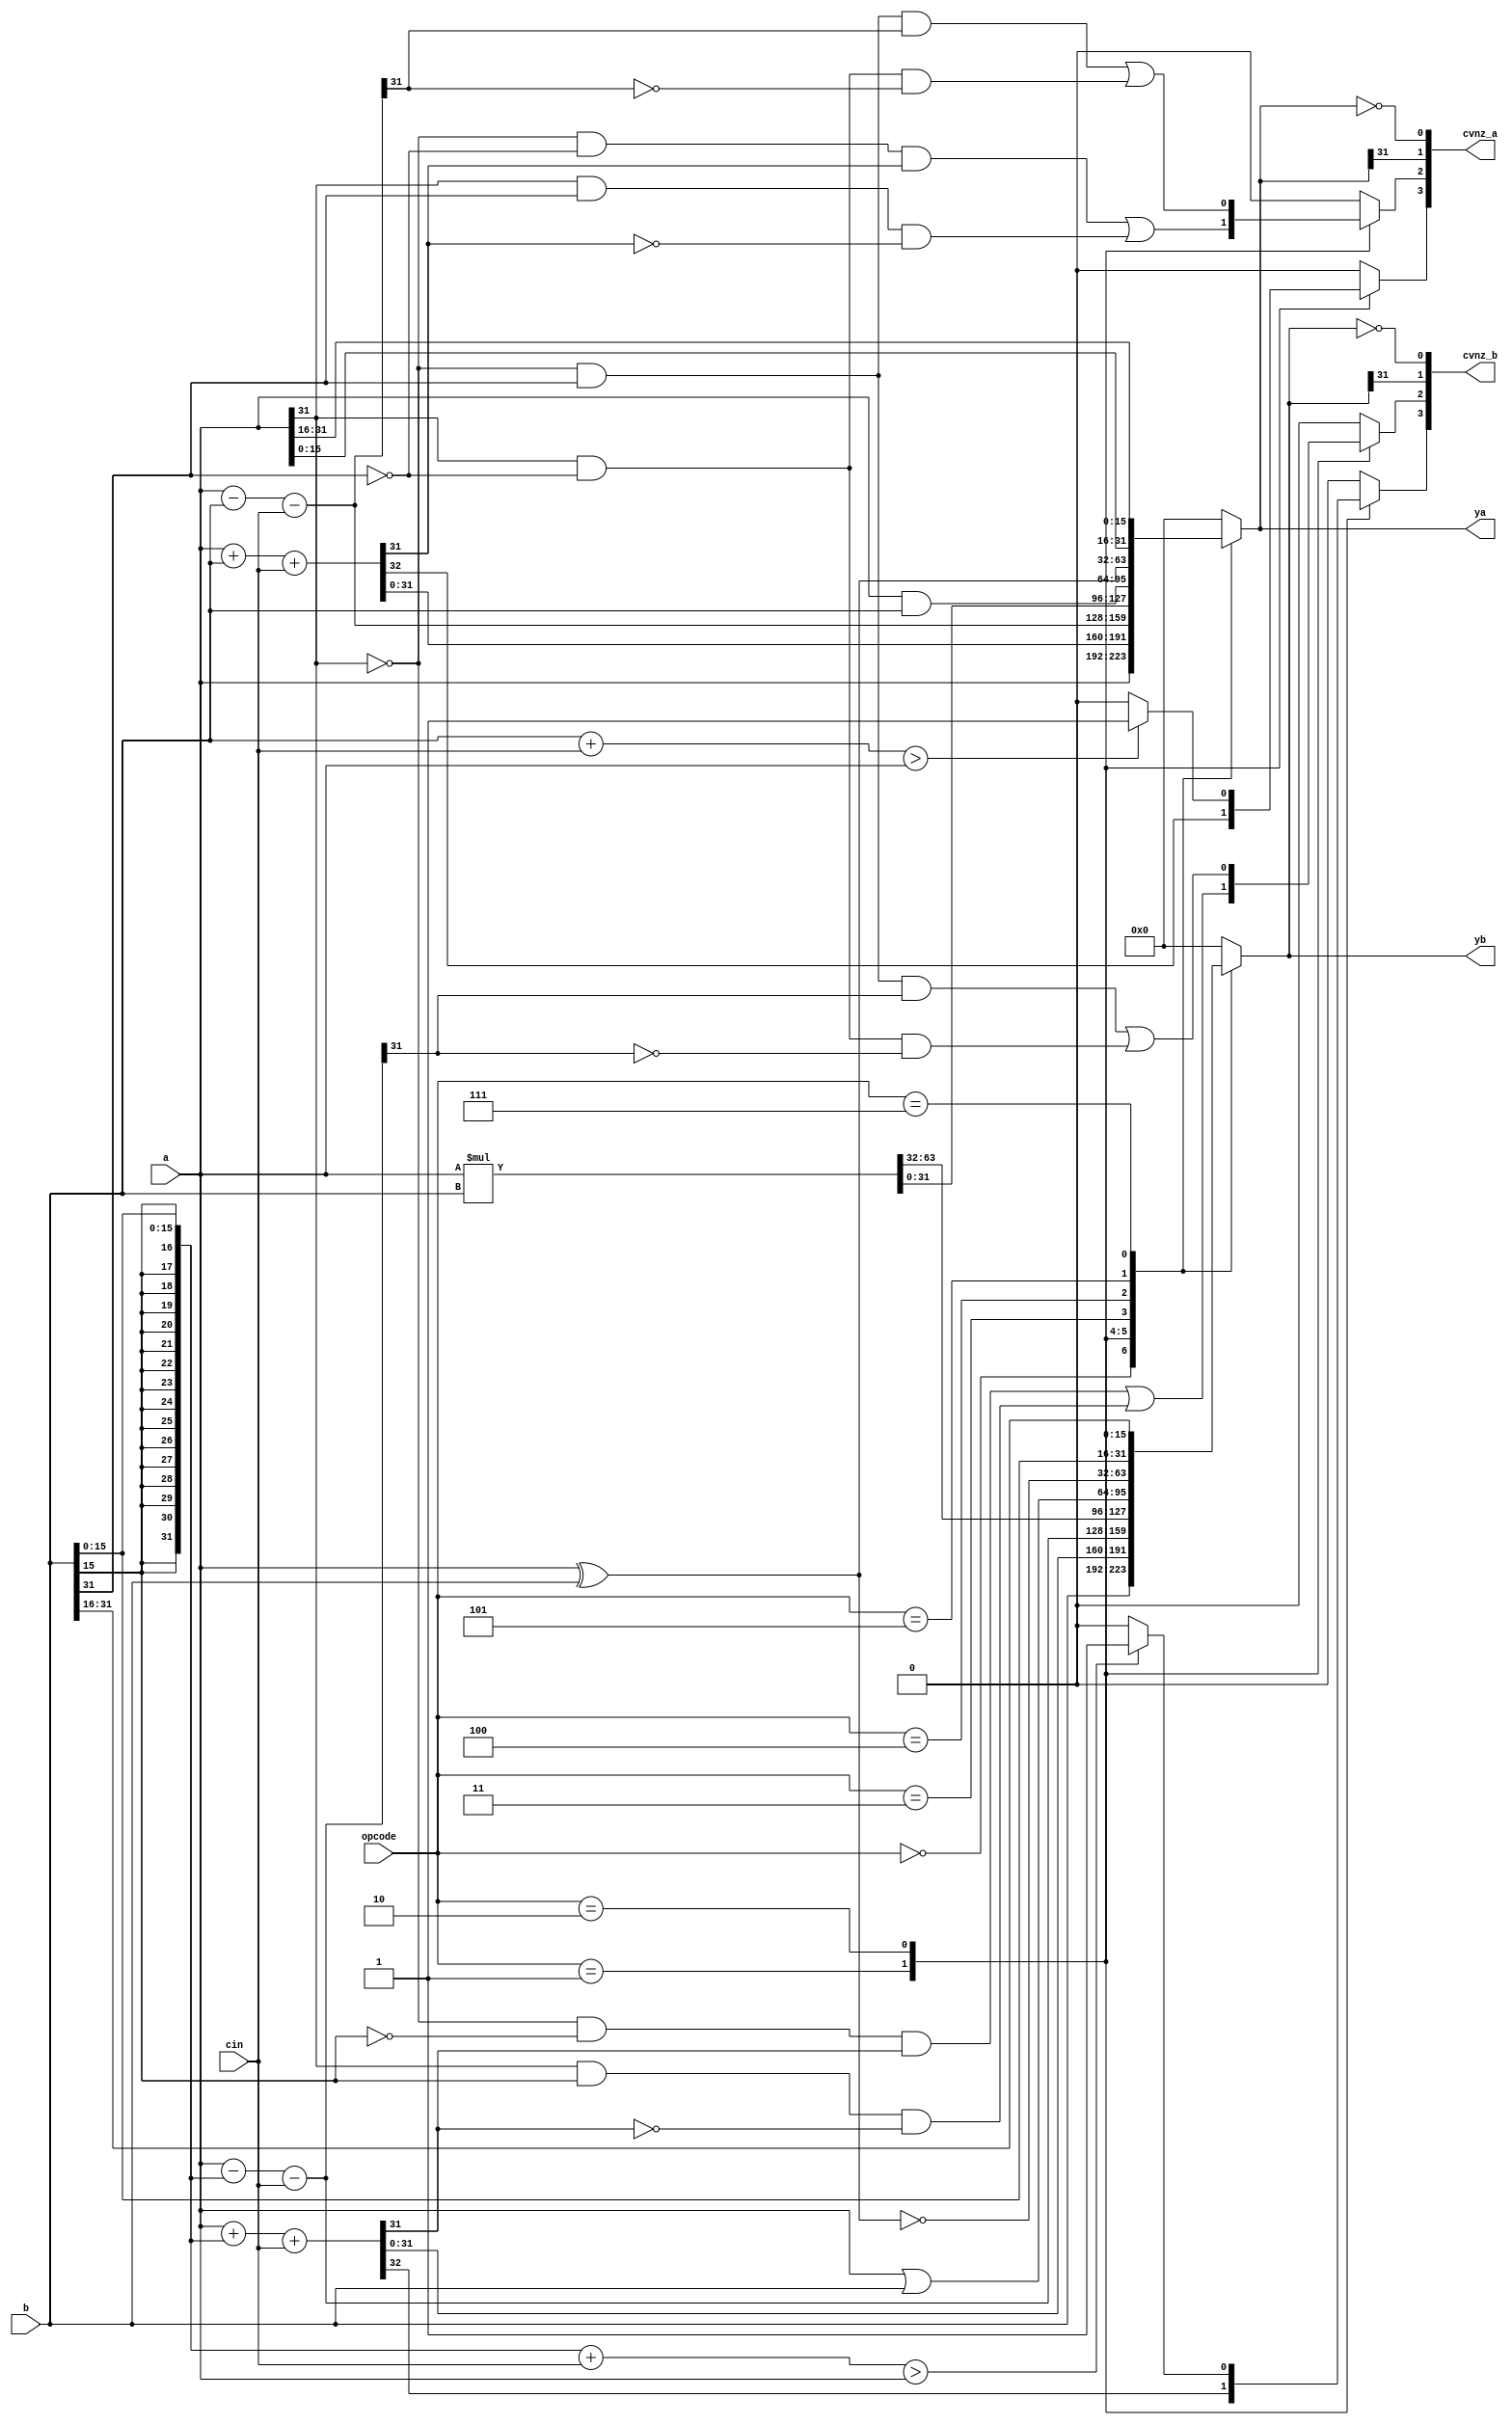
module alu     (opcode,		// alu function select
		a,		// a operand
		b,		// b operand
		cin,		// carry input
		ya,		// data output
		yb,		// data output
		cvnz_a,		// a output flags
		cvnz_b		// b output flags
	       );


input [2:0] opcode;
input [31:0] a;
input [31:0] b;
input cin;
output [31:0] ya;
reg [31:0] ya;
output [31:0] yb;
reg [31:0] yb;
output [3:0] cvnz_a;
output [3:0] cvnz_b;


// Flags:  c: indicates that a carry has occurred
//         z: indicates that the result is zero
//         v: indicates that an overflow has occurred
//	   n: indicates a negative result

reg  c_flag_a;		// c flag for output a
reg  v_flag_a;		// v flag for output a
wire n_flag_a;		// n flag for output a
wire z_flag_a;		// z flag for output a
reg  c_flag_b;		// c flag for output b
reg  v_flag_b;		// v flag for output b
wire n_flag_b;		// n flag for output b
wire z_flag_b;		// z flag for output b

assign cvnz_a = {c_flag_a, v_flag_a, n_flag_a, z_flag_a};
assign cvnz_b = {c_flag_b, v_flag_b, n_flag_b, z_flag_b};

wire [31:0] b_se;	// b input sign extended from 16-bits


// Operations:
//
// Opcode	 Function	     ya		     yb
// ------	----------	-------------	-------------
//  000		 pass		     a               b
//  001		 add		   a + b           a + b(se)
//  010		 sub		   a - b           a - b(se)
//  011		 mult		a * b [31:0]	a * b [63:32]
//  100		 and/or		   a & b	   a | b
//  101		 xor/xnor	   a ^ b	 ~(a ^ b)
//  110		(reserved)	    ---		    ---
//  111		 flip_pass      a[15:0,31:16]   b[15:0,31:16]


assign b_se = {{16{b[15]}}, b[15:0]};


always @(opcode or a or b or b_se or cin)
  begin
    ya = 'b 0;
    yb = 'b 0;
    c_flag_a = 'b 0;
    v_flag_a = 'b 0;
    c_flag_b = 'b 0;
    v_flag_b = 'b 0;

    case (opcode)
      3'd 0: begin	// pass through (similar to a noop)
          ya = a;
          yb = b;
        end
      3'd 1: begin	// add
          {c_flag_a, ya} = a + b + cin;
          {c_flag_b, yb} = a + b_se + cin;
	  v_flag_a = (~a[31] && ~b[31] && ya[31]) || (a[31] && b[31] && ~ya[31]);
	  v_flag_b = (~a[31] && ~b_se[31] && yb[31]) || (a[31] && b_se[31] && ~yb[31]);
        end
      3'd 2: begin	// subtract
          ya = a - b - cin;
          yb = a - b_se - cin;
	  if(b + cin > a)
	    c_flag_a = 1'b 1;
	  if(b_se + cin > a)
	    c_flag_b = 1'b 1;
	  v_flag_a = (~a[31] & b[31] & ya[31]) || (a[31] & ~b[31] & ~ya[31]);
	  v_flag_b = (~a[31] & b[31] & yb[31]) || (a[31] & ~b[31] & ~yb[31]);
        end
      3'd 3: begin	//mult
	  {yb, ya} = a * b;
        end
      3'd 4: begin	// logical and / or of a, b
          ya = a & b;
          yb = a | b;
        end
      3'd 5: begin	// logical xor of a, b
          ya = a ^ b;
          yb = ~(a ^ b);
        end
      3'd 7: begin	// byte-flipped pass through
          ya = {a[15:0], a[31:16]};
          yb = {b[15:0], b[31:16]};
        end
    endcase
  end

assign n_flag_a = ya[31];
assign z_flag_a = !ya;
assign n_flag_b = yb[31];
assign z_flag_b = !yb;

endmodule